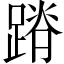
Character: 蹐